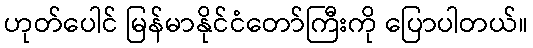
ဟုတ်ပေါင် မြန်မာနိုင်ငံတော်ကြီးကို ပြောပါတယ်။